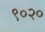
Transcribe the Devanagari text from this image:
९०२०